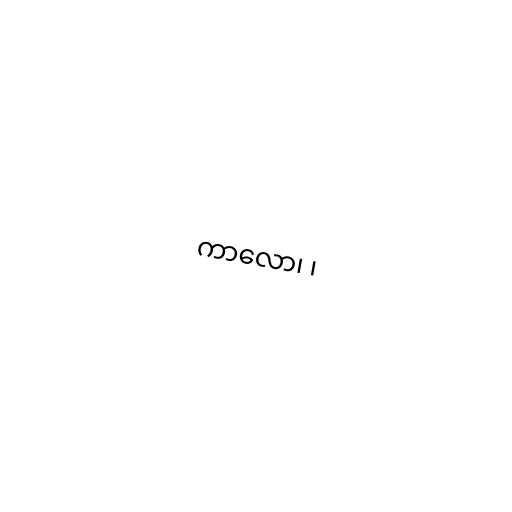
ကာလော၊ ၊